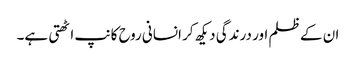
ان کے ظلم اور درندگی دیکھ کر انسانی روح کانپ اٹھتی ہے۔